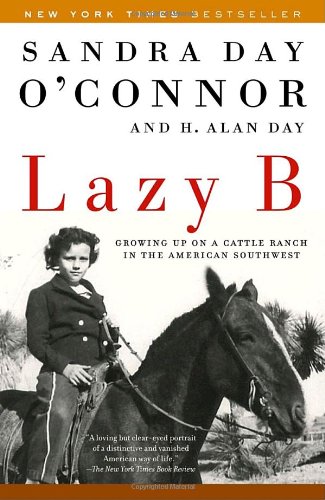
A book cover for Lazy B: Growing up on a Cattle Ranch in the American Southwest; Sandra Day O'Connor; Law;